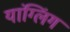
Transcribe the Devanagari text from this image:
यांग्लिंग